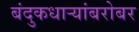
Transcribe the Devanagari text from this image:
बंदुकधार्‍यांबरोबर